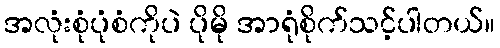
အလုံးစုံပုံစံကိုပဲ ပိုမို အာရုံစိုက်သင့်ပါတယ်။